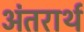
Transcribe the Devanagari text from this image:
अंतरार्थ